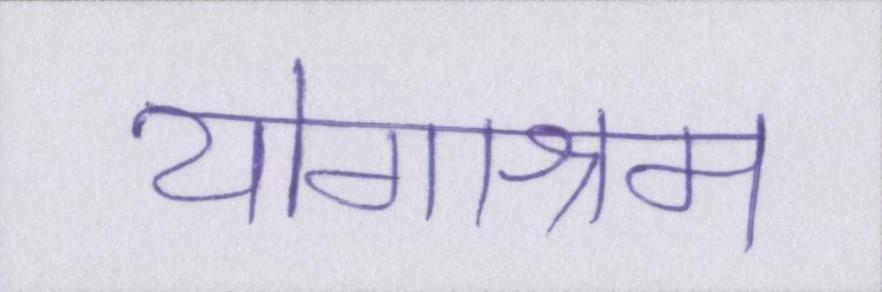
योगाश्रम